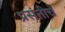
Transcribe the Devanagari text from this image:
प्रसंतीचे